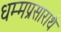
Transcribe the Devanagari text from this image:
धम्मप्रसारार्थ